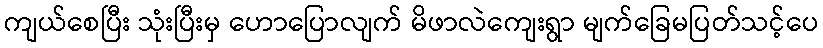
ကျယ်စေပြီး သုံးပြီးမှ ဟောပြောလျက် မိဖာလဲကျေးရွာ မျက်ခြေမပြတ်သင့်ပေ